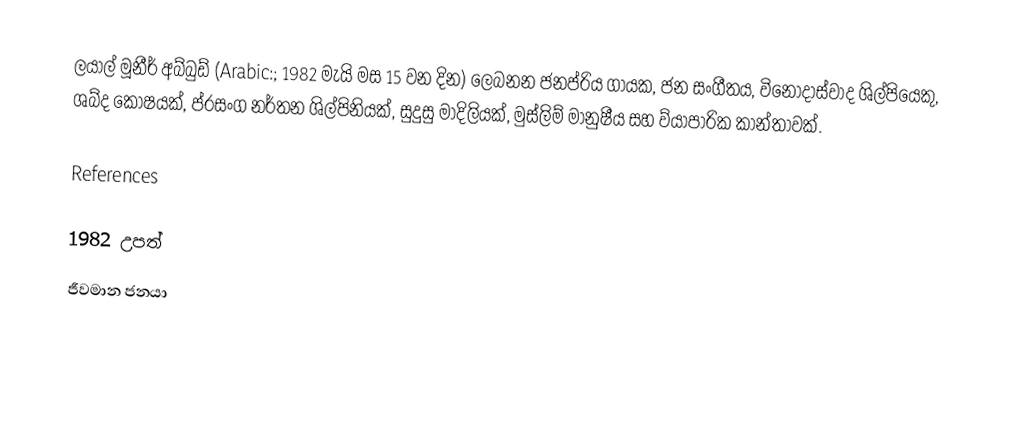
ලයාල් මූනීර් අබ්බුඩ් (Arabic:; 1982 මැයි මස 15 වන දින) ලෙබනන ජනප්රිය ගායක, ජන සංගීතය, විනෝදාස්වාද ශිල්පියෙකු, ශබ්ද කෝෂයක්, ප්රසංග නර්තන ශිල්පිනියක්, සුදුසු මාදිලියක්, මුස්ලිම් මානුෂීය සහ ව්යාපාරික කාන්තාවක්.

References

1982 උපත්
ජීවමාන ජනයා